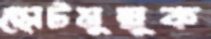
ছোটমুল্লুক